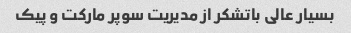
بسیار عالی باتشکر از مدیریت سوپر مارکت و پیک